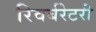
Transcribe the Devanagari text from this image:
रिवर्बरेटरी